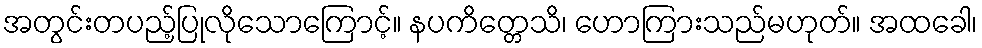
အတွင်းတပည့်ပြုလိုသောကြောင့်။ နပကိတ္တေသိ၊ ဟောကြားသည်မဟုတ်။ အထခေါ၊